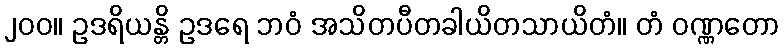
၂၀၀။ ဥဒရိယန္တိ ဥဒရေ ဘဝံ အသိတပီတခါယိတသာယိတံ။ တံ ဝဏ္ဏတော